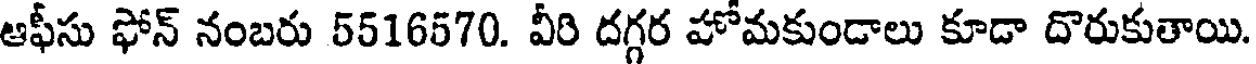
ఆఫీసు ఫోన్ నంబరు 5516570. వీరి దగ్గర హోమకుండాలు కూడా దొరుకుతాయి